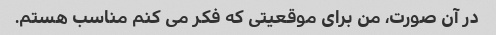
در آن صورت، من برای موقعیتی که فکر می کنم مناسب هستم.